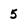
Character: 5